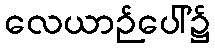
လေယာဉ်ပေါ်၌